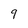
Character: 9